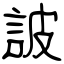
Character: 詖